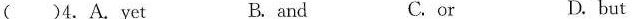
( )4.A.Yet B. and C. or D. but